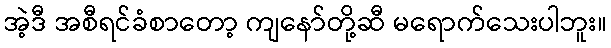
အဲ့ဒီ အစီရင်ခံစာတော့ ကျနော်တို့ဆီ မရောက်သေးပါဘူး။